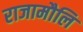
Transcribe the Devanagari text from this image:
राजामौलि